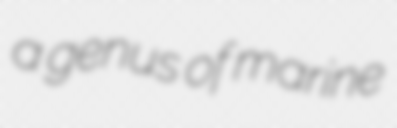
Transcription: a genus of marine